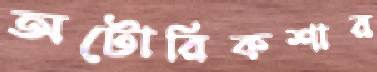
অটোরিকশার